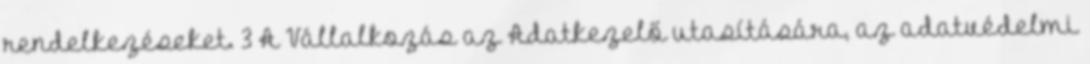
rendelkezéseket. 3 A Vállalkozás az Adatkezelő utasítására, az adatvédelmi